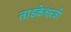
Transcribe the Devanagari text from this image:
ताड़केश्वरजी